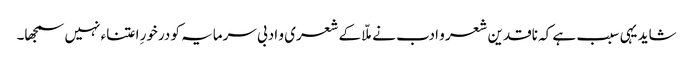
شاید یہی سبب ہے کہ ناقدین شعر و ادب نے ملّا کے شعری و ادبی سرمایہ کو درخورِ اعتناء نہیں سمجھا۔